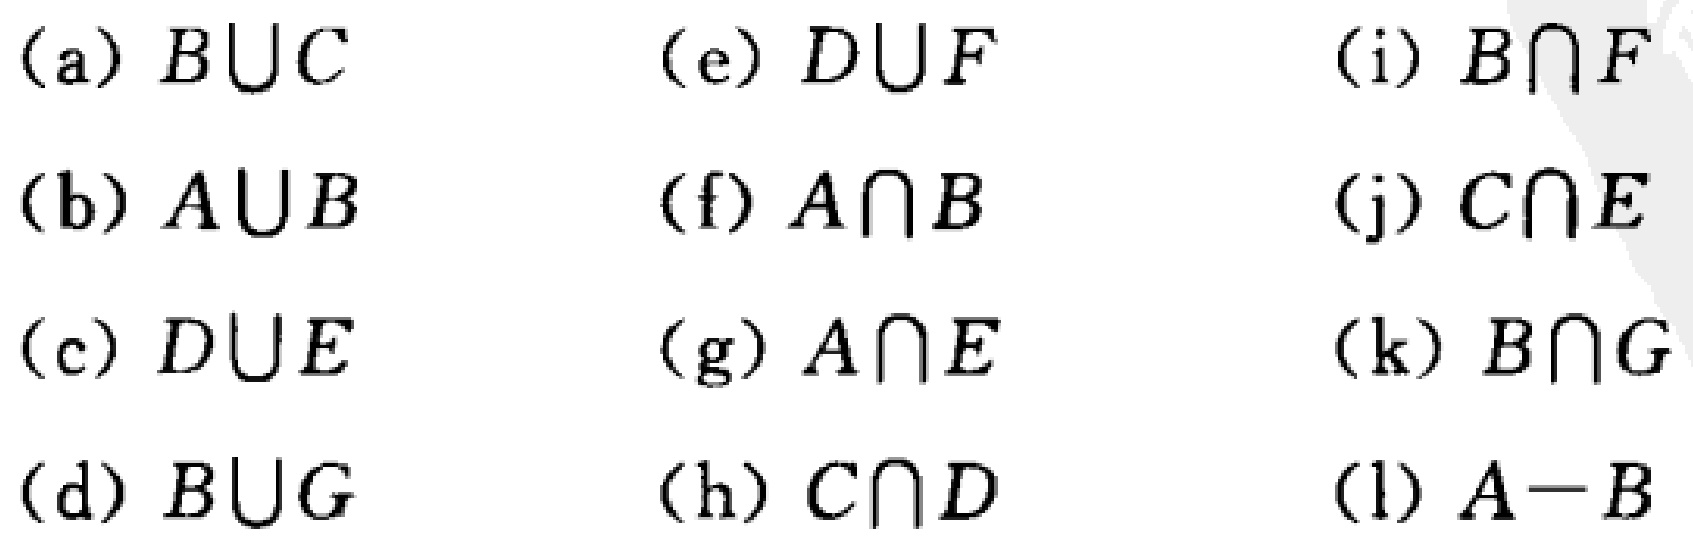
(a) \(B\cup C\)

(b) \(A\cup B\)

(c) \(D\cup E\)

(d) \(B\cup G\)

(e) \(D\cup F\)

(f) \(A\cap B\)

(g) \(A\cap E\)

(h) \(C\cap D\)

(i) \(B\cap F\)

(j) \(C\cap E\)

(k) \(B\cap G\)

(l) \(A - B\)